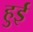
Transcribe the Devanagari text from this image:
हुुई